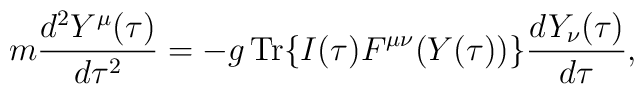
m \frac{d^2 Y^\mu(\tau)}{d\tau^2} = -g \,\mbox{\rm Tr} \{I(\tau)F^{\mu\nu}(Y(\tau)) \}   \frac{d Y_\nu(\tau)}{d \tau},